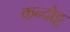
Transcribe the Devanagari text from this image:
कन्दोट्ट